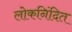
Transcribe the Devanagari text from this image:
लोकनिंदित